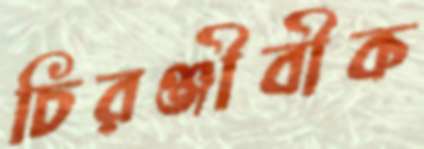
চিরঞ্জীবীক